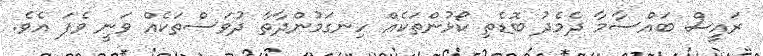
ރައީސް ބައްސާމާ ދެމެދު ބޮޑެތި ކޯޅުންތަކެއް ހިނގަމުންދާތާ ދުވަސްތަކެއް ވަނީ ވެފަ އެވެ.